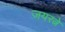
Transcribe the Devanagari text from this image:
जयरत्ने